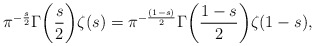
\begin{align*}\pi^{-\frac{s}{2}}\Gamma\biggl(\frac{s}{2}\biggr)\zeta(s)=\pi^{-\frac{(1-s)}{2}}\Gamma\biggl(\frac{1-s}{2}\biggr)\zeta(1-s),\end{align*}